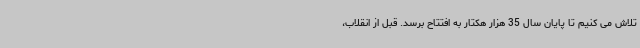
تلاش می کنیم تا پایان سال 35 هزار هکتار به افتتاح برسد. قبل از انقلاب،